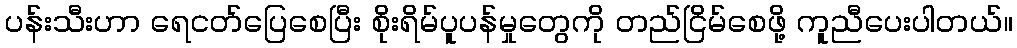
ပန်းသီးဟာ ရေငတ်ပြေစေပြီး စိုးရိမ်ပူပန်မှုတွေကို တည်ငြိမ်စေဖို့ ကူညီပေးပါတယ်။